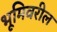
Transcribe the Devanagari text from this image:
भूमिवरील